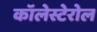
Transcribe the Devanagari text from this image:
कॉलेस्टेरोल